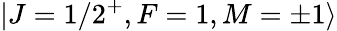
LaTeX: |J=1/2^{+},F=1,M=\pm 1\rangle